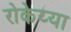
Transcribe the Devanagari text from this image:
रोकेय्या